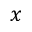
x